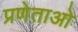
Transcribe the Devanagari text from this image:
प्रणेताओ